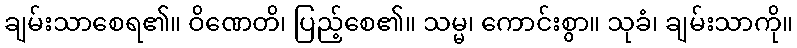
ချမ်းသာစေရ၏။ ဝိဏေတိ၊ ပြည့်စေ၏။ သမ္မ၊ ကောင်းစွာ။ သုခံ၊ ချမ်းသာကို။